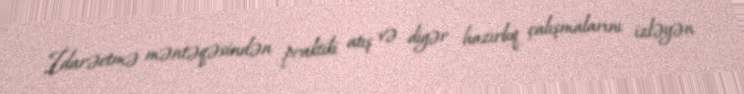
İdarəetmə məntəqəsindən praktiki atış və digər hazırlıq çalışmalarını izləyən